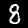
Digit: 8